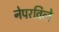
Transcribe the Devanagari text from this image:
नेपरविले